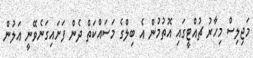
މަޖިލިސް މިހާރު ޗުއްޓީގައި އޮތުމުން އެ ބިލްގެ މަސައްކަތް ދެން ފަށައިގަނެވޭނީ އަލުން